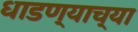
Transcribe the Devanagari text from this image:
धाडण्याच्या